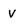
Character: v